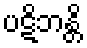
ပဋိဘန္တိ